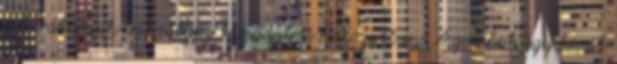
a barátainak bármilyen társadalmi hálózatban. A gombok egy kicsit